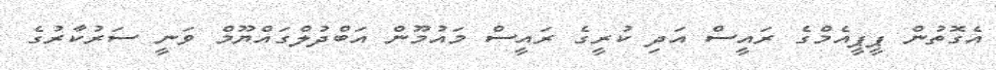
އެގޮތުން ޕީޕީއެމްގެ ރައީސް އަދި ކުރީގެ ރައީސް މައުމޫން އަބްދުލްގައްޔޫމް ވަނީ ސަރުކާރުގެ